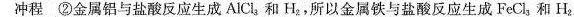
冲程 ②金属铝与盐酸反应生成AlCl_{3}和H_{2}，所以金属铁与盐酸反应生成FeCl_{3}和H_{2}